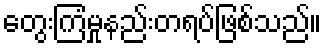
တွေးကြံမှုနည်းတရပ်ဖြစ်သည်။